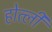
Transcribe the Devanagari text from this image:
होत्ली